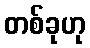
တစ်ခုဟု